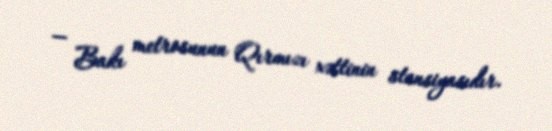
— Bakı metrosunun Qırmızı xəttinin stansiyasıdır.